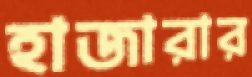
হাজারার